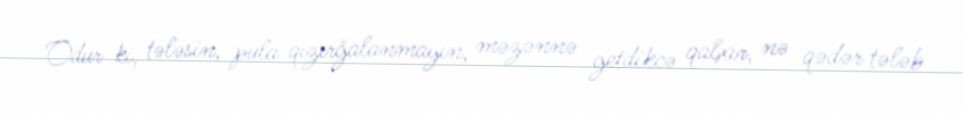
Odur ki, tələsin, pula qızırğalanmayın, məzənnə getdikcə qalxır, nə qədər tələb